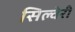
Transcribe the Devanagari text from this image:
सिल्वेरी